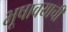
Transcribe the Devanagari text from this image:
भूषावयाची